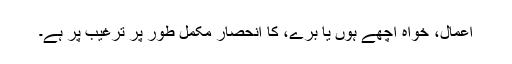
اعمال، خواہ اچھے ہوں یا برے، کا انحصار مکمل طور پر ترغیب پر ہے۔